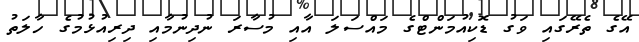
އޭގެ ތެރޭގައި ވަގު ޑޮކިއުމަންޓްގެ މައްސަލަ އާއި މުސާރަ ނުދިނުމާއި ދިރިއުޅުމުގެ ހާލަތު